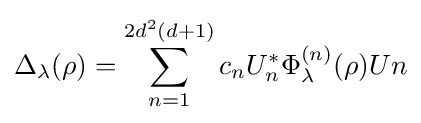
\Delta _{\lambda }(\rho )=\sum _{n=1}^{2d^{2}(d+1)}c_{n}U_{n}^{*}\Phi _{\lambda }^{(n)}(\rho )Un